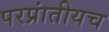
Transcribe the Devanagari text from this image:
परप्रांतीयच